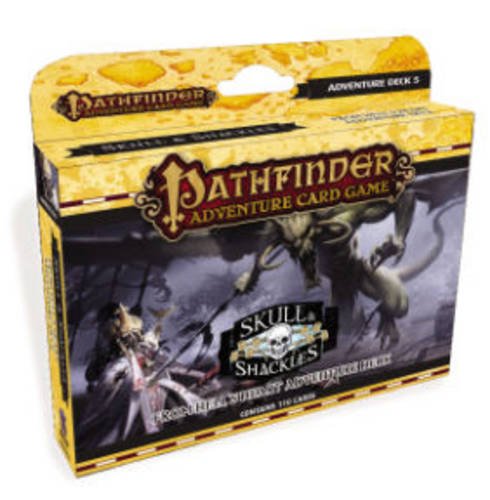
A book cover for Pathfinder Adventure Card Game: Skull & Shackles Adventure Deck 6 - From Hell's Heart; Lone Shark Games; Science Fiction & Fantasy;